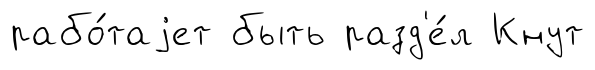
рабо́таjет быть разд'е́л Кнут